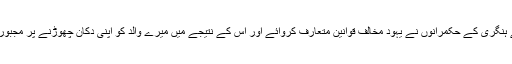
ہمارے نئے ہنگری کے حکمرانوں نے یہود مخالف قوانین متعارف کروائے اور اس کے نتیجے میں میرے والد کو اپنی دکان چھوڑنے پر مجبور کر دیا گیا۔